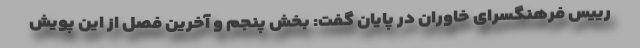
رییس فرهنگسرای خاوران در پایان گفت: بخش پنجم و آخرین فصل از این پویش